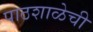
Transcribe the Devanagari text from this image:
पाठशाळेची